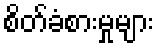
စိတ်ခံစားမှုများ